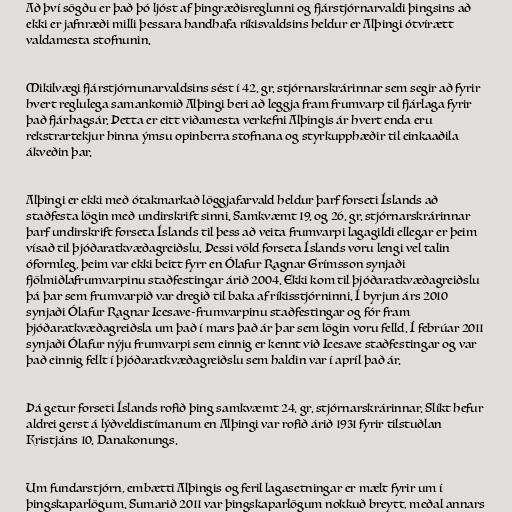
Að því sögðu er það þó ljóst af þingræðisreglunni og fjárstjórnarvaldi þingsins að
ekki er jafnræði milli þessara handhafa ríkisvaldsins heldur er Alþingi ótvírætt
valdamesta stofnunin.

Mikilvægi fjárstjórnunarvaldsins sést í 42. gr. stjórnarskrárinnar sem segir að fyrir
hvert reglulega samankomið Alþingi beri að leggja fram frumvarp til fjárlaga fyrir
það fjárhagsár. Þetta er eitt viðamesta verkefni Alþingis ár hvert enda eru
rekstrartekjur hinna ýmsu opinberra stofnana og styrkupphæðir til einkaaðila
ákveðin þar.

Alþingi er ekki með ótakmarkað löggjafarvald heldur þarf forseti Íslands að
staðfesta lögin með undirskrift sinni. Samkvæmt 19. og 26. gr. stjórnarskrárinnar
þarf undirskrift forseta Íslands til þess að veita frumvarpi lagagildi ellegar er þeim
vísað til þjóðaratkvæðagreiðslu. Þessi völd forseta Íslands voru lengi vel talin
óformleg, þeim var ekki beitt fyrr en Ólafur Ragnar Grímsson synjaði
fjölmiðlafrumvarpinu staðfestingar árið 2004. Ekki kom til þjóðaratkvæðagreiðslu
þá þar sem frumvarpið var dregið til baka af ríkisstjórninni. Í byrjun árs 2010
synjaði Ólafur Ragnar Icesave-frumvarpinu staðfestingar og fór fram
þjóðaratkvæðagreiðsla um það í mars það ár þar sem lögin voru felld. Í febrúar 2011
synjaði Ólafur nýju frumvarpi sem einnig er kennt við Icesave staðfestingar og var
það einnig fellt í þjóðaratkvæðagreiðslu sem haldin var í apríl það ár.

Þá getur forseti Íslands rofið þing samkvæmt 24. gr. stjórnarskrárinnar. Slíkt hefur
aldrei gerst á lýðveldistímanum en Alþingi var rofið árið 1931 fyrir tilstuðlan
Kristjáns 10. Danakonungs.

Um fundarstjórn, embætti Alþingis og feril lagasetningar er mælt fyrir um í
þingskaparlögum. Sumarið 2011 var þingskaparlögum nokkuð breytt, meðal annars